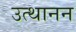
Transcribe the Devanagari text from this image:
उत्थानन